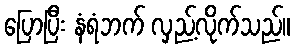
ပြောပြီး နံရံဘက် လှည့်လိုက်သည်။